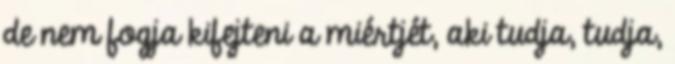
de nem fogja kifejteni a miértjét, aki tudja, tudja,